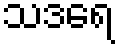
သဒရေ